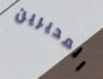
المديرين